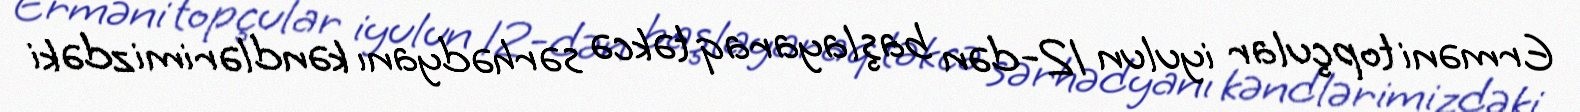
Erməni topçular iyulun 12-dən başlayaraq təkcə sərhədyanı kəndlərimizdəki